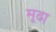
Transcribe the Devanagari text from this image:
मूढा़